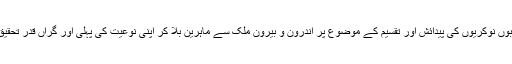
فیصل واوڈا اربوں نوکریوں کی پیدائش اور تقسیم کے موضوع پر اندرون و بیرون ملک سے ماہرین بلا کر اپنی نوعیت کی پہلی اور گراں قدر تحقیق کروائیں گے۔